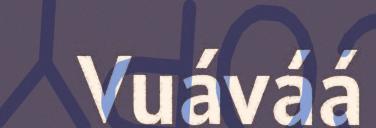
Vuáváá